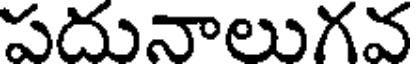
పదునాలుగవ